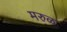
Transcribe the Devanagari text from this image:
मरुळ